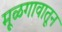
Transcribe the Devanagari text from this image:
मूळगावातून